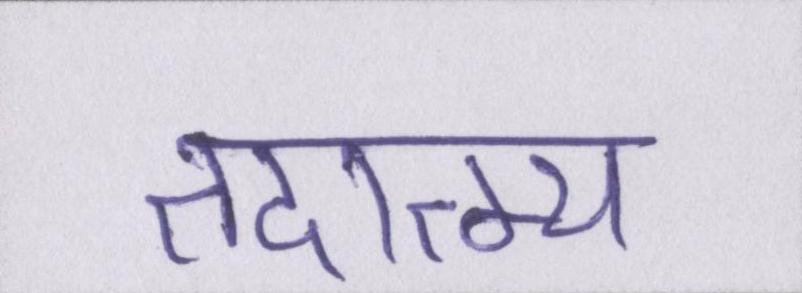
तदात्म्य